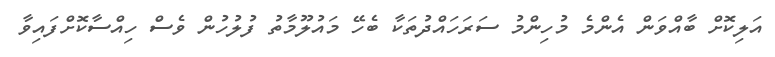
އަލިކޮށް ބާއްވަން އެންމެ މުހިންމު ސަރަހައްދުތަކާ ބެހޭ މައުލޫމާތު ފުލުހުން ވެސް ހިއްސާކޮށްފައިވާ